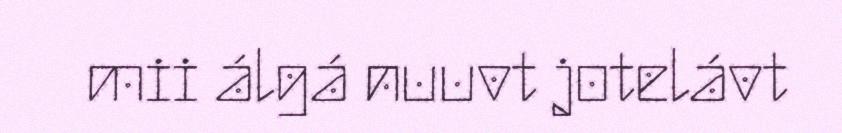
mii álgá nuuvt jotelávt